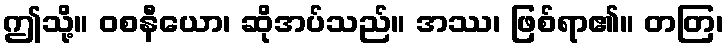
ဤသို့။ ဝစနီယော၊ ဆိုအပ်သည်။ အဿ၊ ဖြစ်ရာ၏။ တတြ၊